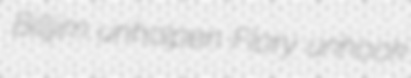
Billjim unholpen Flory unhook